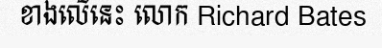
ខាងលើនេះ លោក Richard Bates